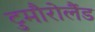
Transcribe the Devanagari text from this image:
टुमौरोलैंड